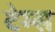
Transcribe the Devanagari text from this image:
टेम्‍स